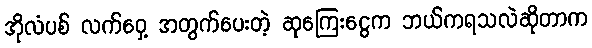
အိုလံပစ် လက်ဝှေ့ အတွက်ပေးတဲ့ ဆုကြေးငွေက ဘယ်ကရသလဲဆိုတာက